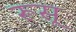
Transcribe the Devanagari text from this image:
रूसू